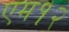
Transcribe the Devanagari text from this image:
एम१२